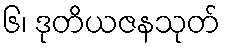
၆၊ ဒုတိယဇနသုတ်